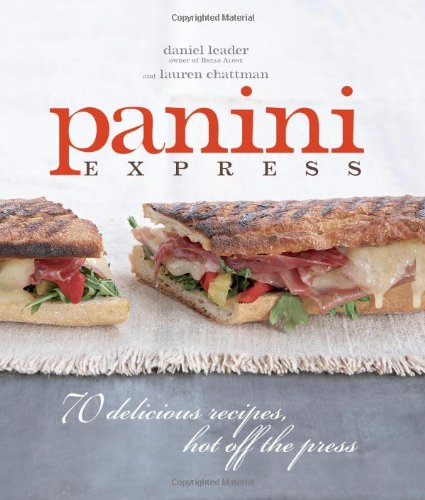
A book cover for Panini Express: 70 Delicious Sandwiches Hot Off the Press; Daniel Leader; Cookbooks, Food & Wine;